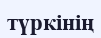
түркінің